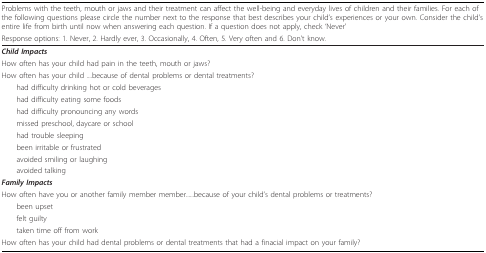
<table><thead><tr><td><b>Problems with the teeth, mouth or jaws and their treatment can affect the well-being and everyday lives of children and their families. For each of the following questions please circle the number next to the response that best describes your child&#x27;s experiences or your own. Consider the child&#x27;s entire life from birth until now when answering each question. If a question does not apply, check &#x27;Never&#x27;</b></td></tr><tr><td><b>Response options: 1. Never, 2. Hardly ever, 3. Occasionally, 4. Often, 5. Very often and 6. Don&#x27;t know.</b></td></tr></thead><tbody><tr><td><b><i>Child Impacts</i></b></td></tr><tr><td>How often has your child had pain in the teeth, mouth or jaws?</td></tr><tr><td>How often has your child ....because of dental problems or dental treatments?</td></tr><tr><td> had difficulty drinking hot or cold beverages</td></tr><tr><td> had difficulty eating some foods</td></tr><tr><td> had difficulty pronouncing any words</td></tr><tr><td> missed preschool, daycare or school</td></tr><tr><td> had trouble sleeping</td></tr><tr><td> been irritable or frustrated</td></tr><tr><td> avoided smiling or laughing</td></tr><tr><td> avoided talking</td></tr><tr><td><b><i>Family Impacts</i></b></td></tr><tr><td>How often have you or another family member member......because of your child&#x27;s dental problems or treatments?</td></tr><tr><td> been upset</td></tr><tr><td> felt guilty</td></tr><tr><td> taken time off from work</td></tr><tr><td>How often has your child had dental problems or dental treatments that had a finacial impact on your family?</td></tr></tbody></table>